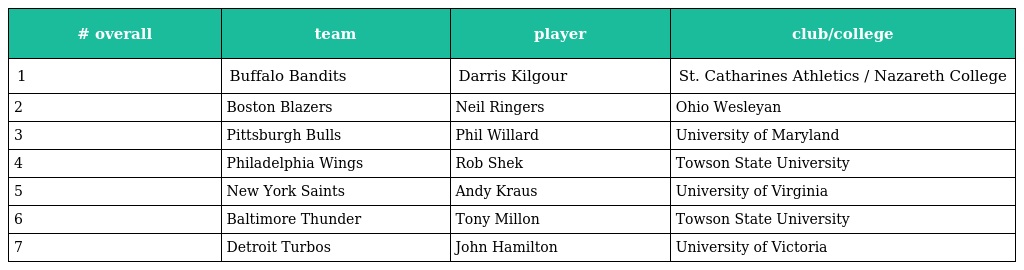
| # overall | team | player | club/college |
 | --- | --- | --- | --- |
 | 1 | Buffalo Bandits | Darris Kilgour | St. Catharines Athletics / Nazareth College |
 | 2 | Boston Blazers | Neil Ringers | Ohio Wesleyan |
 | 3 | Pittsburgh Bulls | Phil Willard | University of Maryland |
 | 4 | Philadelphia Wings | Rob Shek | Towson State University |
 | 5 | New York Saints | Andy Kraus | University of Virginia |
 | 6 | Baltimore Thunder | Tony Millon | Towson State University |
 | 7 | Detroit Turbos | John Hamilton | University of Victoria |